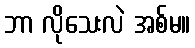
ဘာ လိုသေးလဲ အစ်မ။